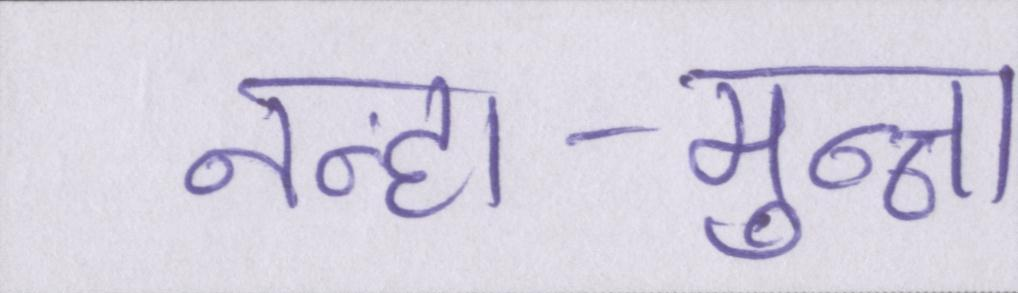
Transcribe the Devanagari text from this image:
नन्हा-मुन्ना